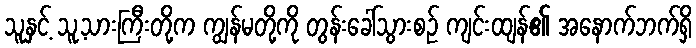
သူနှင့် သူ့သားကြီးတို့က ကျွန်မတို့ကို တွန်းခေါ်သွားစဉ် ကျင်းထျန်၏ အနောက်ဘက်ရှိ